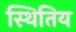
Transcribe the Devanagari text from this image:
स्थितिय